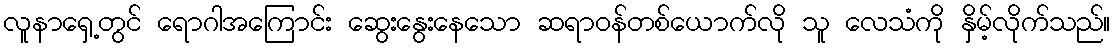
လူနာရှေ့တွင် ရောဂါအကြောင်း ဆွေးနွေးနေသော ဆရာဝန်တစ်ယောက်လို သူ လေသံကို နှိမ့်လိုက်သည်။